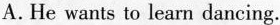
A.He wants to learn dancing.